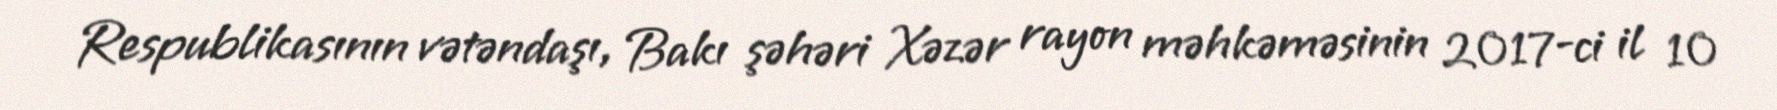
Respublikasının vətəndaşı, Bakı şəhəri Xəzər rayon məhkəməsinin 2017-ci il 10